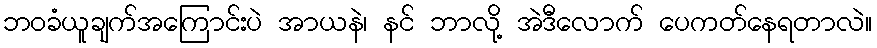
ဘဝခံယူချက်အကြောင်းပဲ အာယနဲ၊ နင် ဘာလို့ အဲဒီလောက် ပေကတ်နေရတာလဲ။